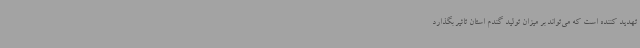
تهدید کننده است که می‌تواند بر میزان تولید گندم استان تاثیر بگذارد